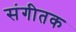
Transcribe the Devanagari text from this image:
संगीतक